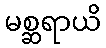
မစ္ဆရာယိ